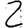
Digit: 2